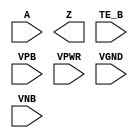
/**
 * Copyright 2020 The SkyWater PDK Authors
 *
 * Licensed under the Apache License, Version 2.0 (the "License");
 * you may not use this file except in compliance with the License.
 * You may obtain a copy of the License at
 *
 *     https://www.apache.org/licenses/LICENSE-2.0
 *
 * Unless required by applicable law or agreed to in writing, software
 * distributed under the License is distributed on an "AS IS" BASIS,
 * WITHOUT WARRANTIES OR CONDITIONS OF ANY KIND, either express or implied.
 * See the License for the specific language governing permissions and
 * limitations under the License.
 *
 * SPDX-License-Identifier: Apache-2.0
 */

`ifndef SKY130_FD_SC_HD__EINVN_PP_SYMBOL_V
`define SKY130_FD_SC_HD__EINVN_PP_SYMBOL_V

/**
 * einvn: Tri-state inverter, negative enable.
 *
 * Verilog stub (with power pins) for graphical symbol definition
 * generation.
 *
 * WARNING: This file is autogenerated, do not modify directly!
 */

`timescale 1ns / 1ps
`default_nettype none

(* blackbox *)
module sky130_fd_sc_hd__einvn (
    //# {{data|Data Signals}}
    input  A   ,
    output Z   ,

    //# {{control|Control Signals}}
    input  TE_B,

    //# {{power|Power}}
    input  VPB ,
    input  VPWR,
    input  VGND,
    input  VNB
);
endmodule

`default_nettype wire
`endif  // SKY130_FD_SC_HD__EINVN_PP_SYMBOL_V